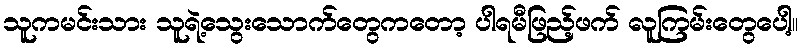
သူကမင်းသား သူရဲ့သွေးသောက်တွေကတော့ ပါရမီဖြည့်ဖက် လူကြမ်းတွေပေါ့။